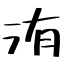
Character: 洧